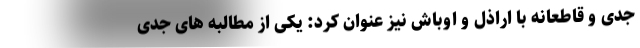
جدی و قاطعانه با اراذل و اوباش نیز عنوان کرد: یکی از مطالبه های جدی